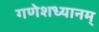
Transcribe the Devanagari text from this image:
गणेशध्यानम्